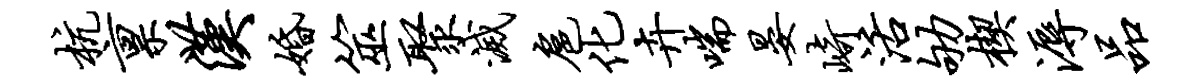
杭禀汉婚筮聚灭扈化卉喘晏崎活劬楔溽品